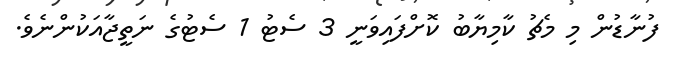
ފުނާޑުން މި މެޗު ކާމިޔާބު ކޮށްފައިވަނީ 3 ސެޓު 1 ސެޓުގެ ނަތީޖާއަކުންނެވެ.